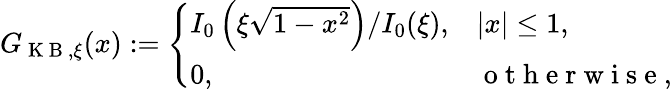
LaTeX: G_{\mathrm{~K~B~},\xi}(x):=\left\{ \begin{array}{ll}{I_{0}\left(\xi\sqrt{1-x^{2}}\right)/I_{0}(\xi),}&{|x|\leq 1,}\\ {0,}&{\mathrm{~o~t~h~e~r~w~i~s~e~},}\end{array}\right.